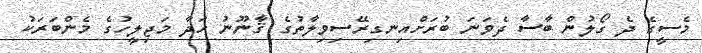
މެސީގެ ދެ ގޯލުން ބާސާ ދެވަނަ ބުރަށްއިނގިރޭސިވިލާތުގެ ޤާނޫނު ހަދާ މަޖިލީހުގެ މެންބަރަކު